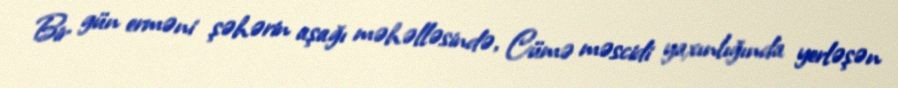
Bir gün erməni şəhərin aşağı məhəlləsində, Cümə məscidi yaxınlığında yerləşən